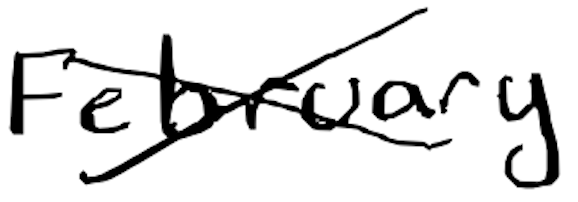
Text: February
Cross-out: cross
Writing tool: digital_black